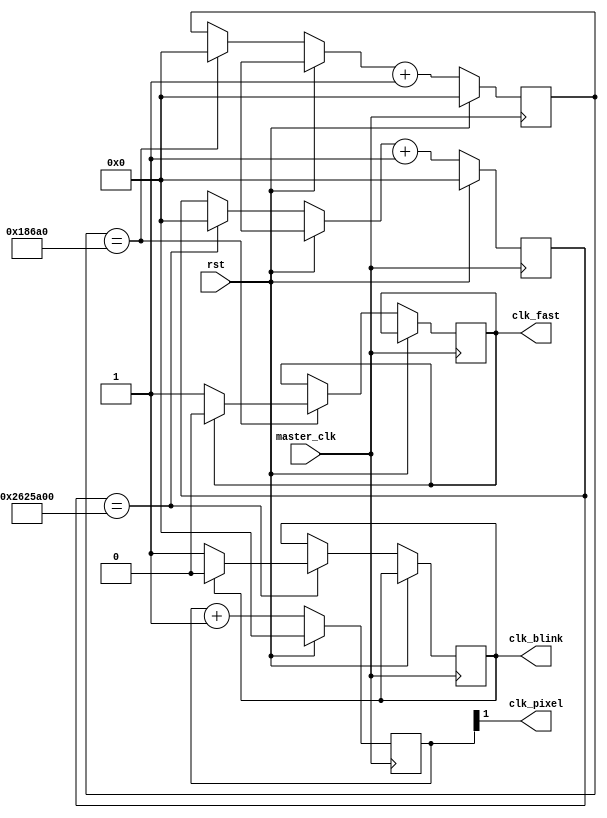
`timescale 1ns / 1ps
//////////////////////////////////////////////////////////////////////////////////
// Company: 
// Engineer: 
// 
// Design Name: 
// Module Name:    clocks 
// Project Name: 
// Target Devices: 
// Tool versions: 
// Description: 
//
// Dependencies: 
//
// Revision: 
// Revision 0.01 - File Created
// Additional Comments: 
//
//////////////////////////////////////////////////////////////////////////////////
module clocks(
  // Inputs
  rst,
  master_clk,
  // Outputs
  clk_fast,
  clk_blink,
	clk_pixel);

input wire rst;
input wire master_clk;

output reg clk_fast;
output reg clk_blink;
output wire clk_pixel;

reg[27:0] ctr_fast;
reg[27:0] ctr_blink;
reg[27:0] ctr_pixel;

parameter cutoff_fast = 100000;
parameter cutoff_blink = 40000000;

assign clk_pixel = ctr_pixel[1];

always @ (posedge master_clk) begin
	if (rst) begin
		ctr_fast = 0;
		ctr_blink = 0;	
		ctr_pixel = 0;
	end
	else begin
			//SIMULATION sped up x100
			// == cutoff_adjust/100
			// if(ctr_blink == 12) begin
			if(ctr_blink == cutoff_blink) begin
				ctr_blink = 0;
				if(clk_blink == 0)
					clk_blink = 1'b1;
				else
					clk_blink = 1'b0;
			end

			//SIMULATION sped up x100
			// == cutoff_fast/100
			// if(ctr_fast == 2) begin
			if(ctr_fast == cutoff_fast) begin
				ctr_fast = 0;
				if(clk_fast == 0)
					clk_fast = 1'b1;
				else
					clk_fast = 1'b0;
			end

			// increment counters
			ctr_blink = ctr_blink + 1'b1;
			ctr_fast = ctr_fast + 1'b1;
			ctr_pixel = ctr_pixel + 1'b1;
	end
end

endmodule